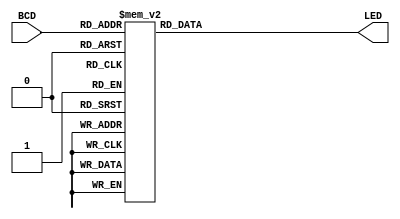
module BCD2LED(BCD, LED);
	input [3:0] BCD;
	output reg [6:0] LED;
	/*
	always@(*) begin
		case (BCD)
			'd0: LED <= 'b0111111;
			'd1: LED <= 'b0001100;
			'd2: LED <= 'b1110110;
			'd3: LED <= 'b1011110;
			'd4: LED <= 'b1001101;
			'd5: LED <= 'b1011011;
			'd6: LED <= 'b1111011;
			'd7: LED <= 'b0001110;
			'd8: LED <= 'b1111111;
			'd9: LED <= 'b1011111;
			default: LED <= 'b0010010;
		endcase
	end
	*/
	always@(*) begin
		case (BCD)
			0: LED <= 7'b0111111; // 0
			1: LED <= 7'b0000110; // 1
			2: LED <= 7'b1011011; // 2
			3: LED <= 7'b1001111; // 3
			4: LED <= 7'b1100110; // 4
			5: LED <= 7'b1101101; // 5
			6: LED <= 7'b1111101; // 6
			7: LED <= 7'b0100111; // 7
			8: LED <= 7'b1111111; // 8
			9: LED <= 7'b1100111; // 9
			10: LED <= 7'b1110111; // A
			11: LED <= 7'b1111100; // b
			12: LED <= 7'b0111001; // c
			13: LED <= 7'b1011110; // d
			14: LED <= 7'b1111001; // E
			15: LED <= 7'b1110001; // F
			default: LED <= 7'b0000000;
		endcase
	end
endmodule